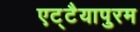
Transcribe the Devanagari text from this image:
एट्टैयापुरम